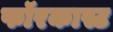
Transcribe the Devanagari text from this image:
फॉरकास्ट